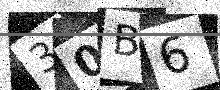
Text: 30B6